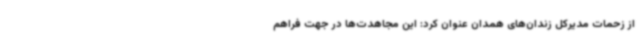
از زحمات مدیرکل زندان‌های همدان عنوان کرد: این مجاهدت‌ها در جهت فراهم